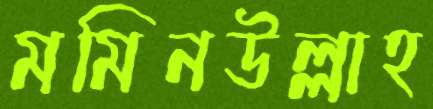
মমিনউল্লাহ